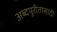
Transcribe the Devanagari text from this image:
अब्दपूरीतासाठी